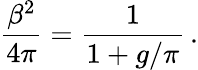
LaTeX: \frac{\beta^{2}}{4\pi}=\frac{1}{1+g/\pi}\, .